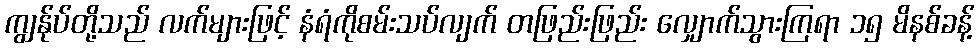
ကျွန်ုပ်တို့သည် လက်များဖြင့် နံရံကိုစမ်းသပ်လျက် တဖြည်းဖြည်း လျှောက်သွားကြရာ ၁၅ မိနစ်ခန့်